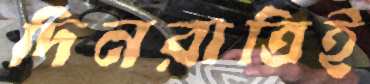
দিনরাত্রিই